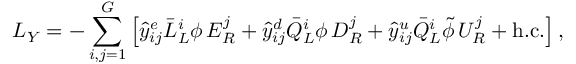
{ \cal L } _ { Y } = - \sum _ { i , j = 1 } ^ { G } \left[ \hat { y } _ { i j } ^ { e } \bar { L } _ { L } ^ { i } \phi \, E _ { R } ^ { j } + \hat { y } _ { i j } ^ { d } \bar { Q } _ { L } ^ { i } \phi \, D _ { R } ^ { j } + \hat { y } _ { i j } ^ { u } \bar { Q } _ { L } ^ { i } \tilde { \phi } \, U _ { R } ^ { j } + \mathrm { h . c . } \right] ,